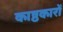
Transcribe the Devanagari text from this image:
काष्ठकारों